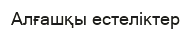
Алғашқы естеліктер